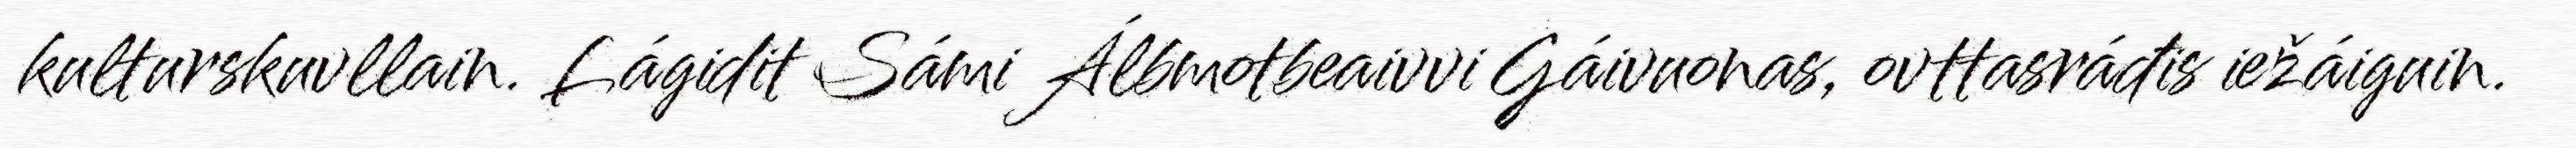
kulturskuvllain. Lágidit Sámi Álbmotbeaivvi Gáivuonas, ovttasráđis iežáiguin.